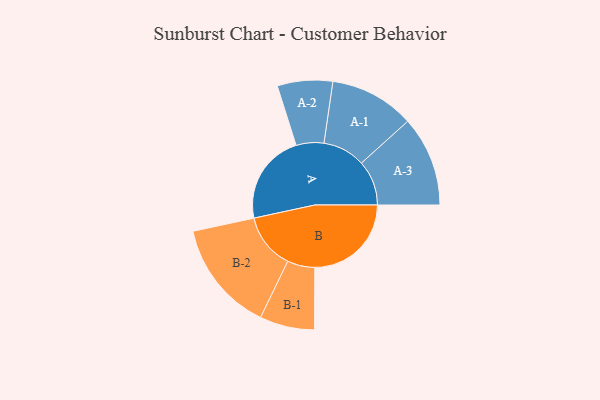
{"axis": {"x": "Segment", "y": "Value"}, "legend": ["", "A", "B"], "data": [{"x": "A", "y": 452, "type": ""}, {"x": "B", "y": 482, "type": ""}, {"x": "A-1", "y": 212, "type": "A"}, {"x": "A-2", "y": 138, "type": "A"}, {"x": "A-3", "y": 225, "type": "A"}, {"x": "B-1", "y": 137, "type": "B"}, {"x": "B-2", "y": 278, "type": "B"}]}